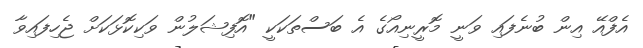
އެފްއޭ އިން ބުނެފައި ވަނީ މޮރީނިއޯގެ އެ ބަސްތަކަކީ "އޮފިޝަލުން ވަކިކޮޅަކަށް ޖެހިފައިވާ